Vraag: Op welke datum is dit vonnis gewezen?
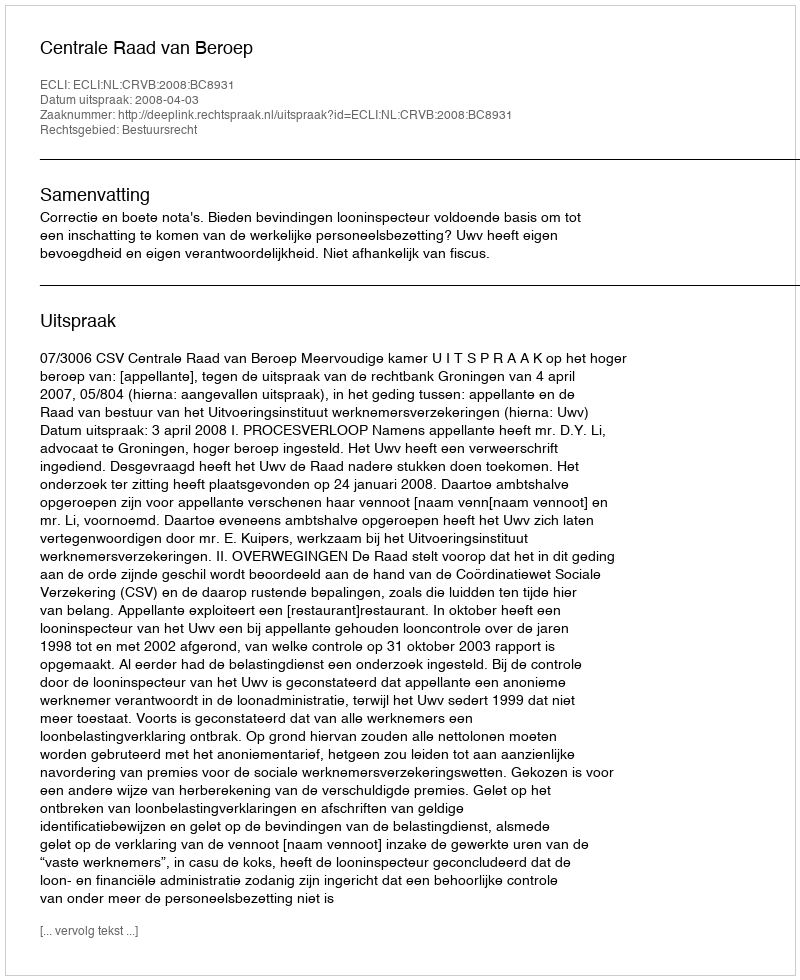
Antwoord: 2008-04-03